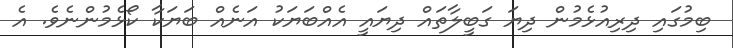
ބިމުގައި ދިރިއުޅެމުން ދިޔަ ގަބީލާތައް ދިޔައީ އެއްބަޔަކު އަނެއް ބަޔަކާ ކޯޅެމުންނެވެ. އެ